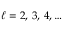
\ell = 2 , \, 3 , \, 4 , \ldots